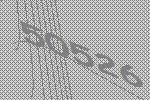
50526